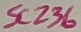
Text: SC236